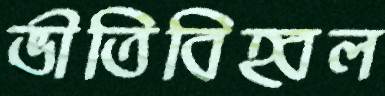
ভীতিবিহ্বল